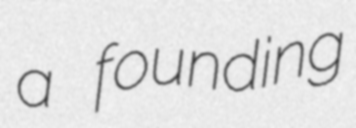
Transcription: a founding